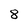
Character: 8